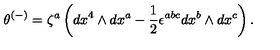
\theta ^ { ( - ) } = \zeta ^ { a } \left( d x ^ { 4 } \wedge d x ^ { a } - \frac { 1 } { 2 } \epsilon ^ { a b c } d x ^ { b } \wedge d x ^ { c } \right) .